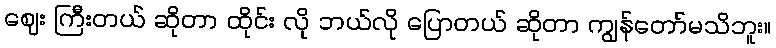
ဈေး ကြီးတယ် ဆိုတာ ထိုင်း လို ဘယ်လို ပြောတယ် ဆိုတာ ကျွန်တော်မသိဘူး။